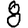
Digit: 8